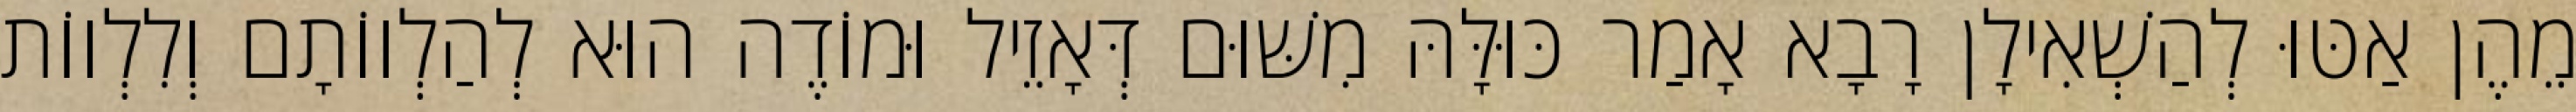
מֵהֶן אַטּוּ לְהַשְׁאִילָן רָבָא אָמַר כּוּלָּהּ מִשּׁוּם דְּאָזֵיל וּמוֹדֶה הוּא לְהַלְווֹתָם וְלִלְווֹת